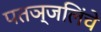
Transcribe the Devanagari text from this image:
पतञ्जलिंचे